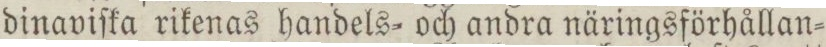
dinaviſka rikenas handels= och andra näringsförhållan=